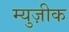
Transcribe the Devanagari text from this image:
म्युज़ीक